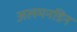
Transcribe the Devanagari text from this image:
अलमनडिन